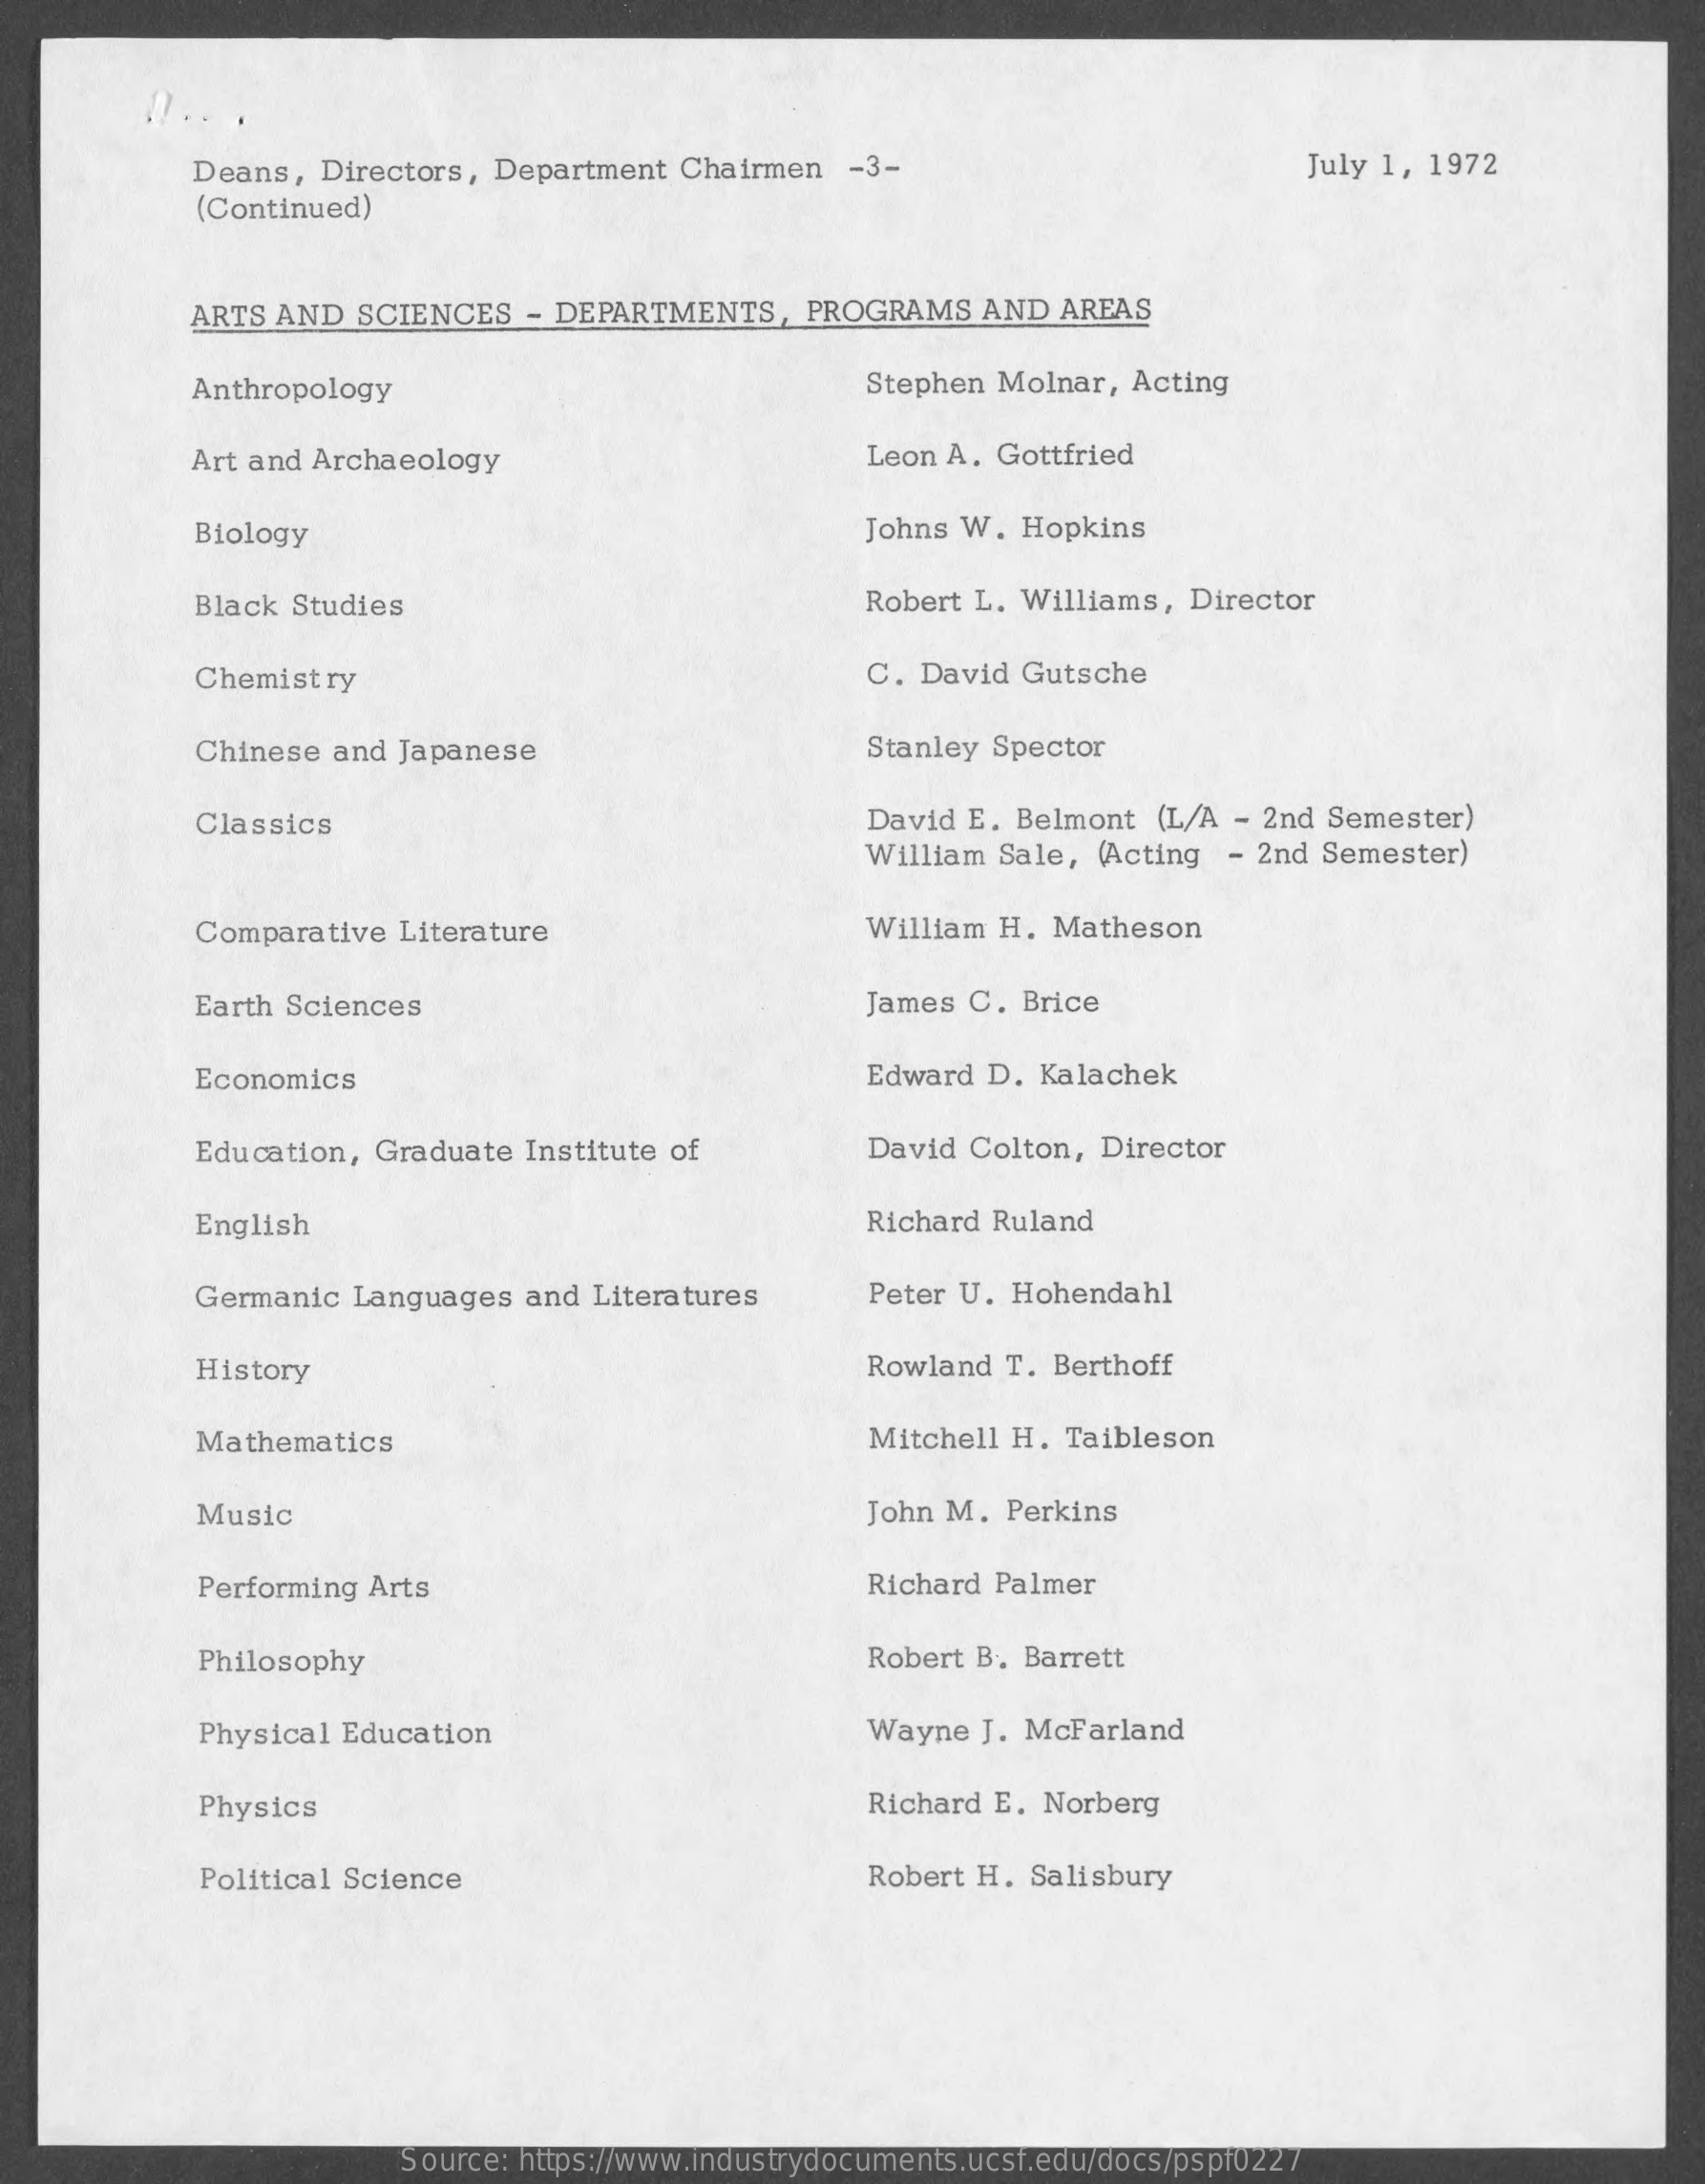
!..  .
     Deans,  Directors, Department   Chairmen   -3-    July 1, 1972
     (Continued)
     ARTS AND  SCIENCES   - DEPARTMENTS,    PROGRAMS   AND  AREAS
     Anthropology    Stephen Molnar,  Acting
     Art and Archaeology    Leon A. Gottfried
     Biology    Johns W.  Hopkins
     Black Studies    Robert L. Williams,  Director
     Chemistry    C. David  Gutsche
     Chinese  and Japanese    Stanley Spector
     Classics    David E. Belmont   (L/A - 2nd Semester)
     William Sale,  (Acting - 2nd  Semester)
     Comparative  Literature    William H.  Matheson
     Earth Sciences    James C.  Brice
     Economics    Edward  D. Kalachek
     Education, Graduate  Institute of    David Colton,  Director
     English    Richard Ruland
     Germanic  Languages  and  Literatures    Peter U. Hohendahl
     History    Rowland  T. Berthoff
     Mathematics    Mitchell H.  Taibleson
     Music    John M.  Perkins
     Performing Arts    Richard Palmer
     Philosophy    Robert B. Barrett
     Physical Education    Wayne  J. McFarland
     Physics    Richard E. Norberg
     Political Science    Robert H. Salisbury
     Source: https://www.industrydocuments.ucsf.edu/docs/pspf0227